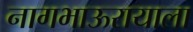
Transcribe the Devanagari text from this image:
नागभाऊरायाला